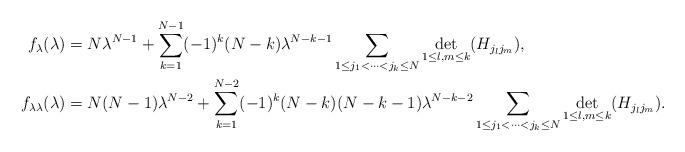
LaTeX: \begin{align*}f_\lambda(\lambda)&=N\lambda^{N-1}+\sum_{k=1}^{N-1}(-1)^k(N-k)\lambda^{N-k-1}\sum_{1\le j_1<\cdots<j_k\le N}\underset{1\le l,m\le k}{{\rm det}}(H_{j_lj_m}),\\f_{\lambda \lambda}(\lambda)&=N(N-1)\lambda^{N-2}+\sum_{k=1}^{N-2}(-1)^k(N-k)(N-k-1)\lambda^{N-k-2}\sum_{1\le j_1<\cdots<j_k\le N}\underset{1\le l,m\le k}{{\rm det}}(H_{j_lj_m}).\end{align*}